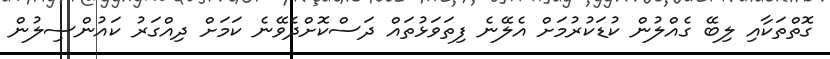
ގޮތްތަކާއި ލިބޭ ގެއްލުން ކުޑަކުރުމަށް އެލޭނެ ފިތަވަޅުތައް ދަސްކޮށްދެވޭނެ ކަމަށް ދިއްގަރު ކައުންސިލުން